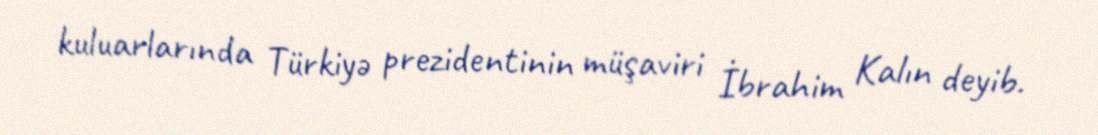
kuluarlarında Türkiyə prezidentinin müşaviri İbrahim Kalın deyib.